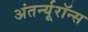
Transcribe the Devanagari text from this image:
अंतर्न्यूरॉन्स